65_HS1-834228961_62-HQ-83894_Section_10
Agency: FBI
Page 46
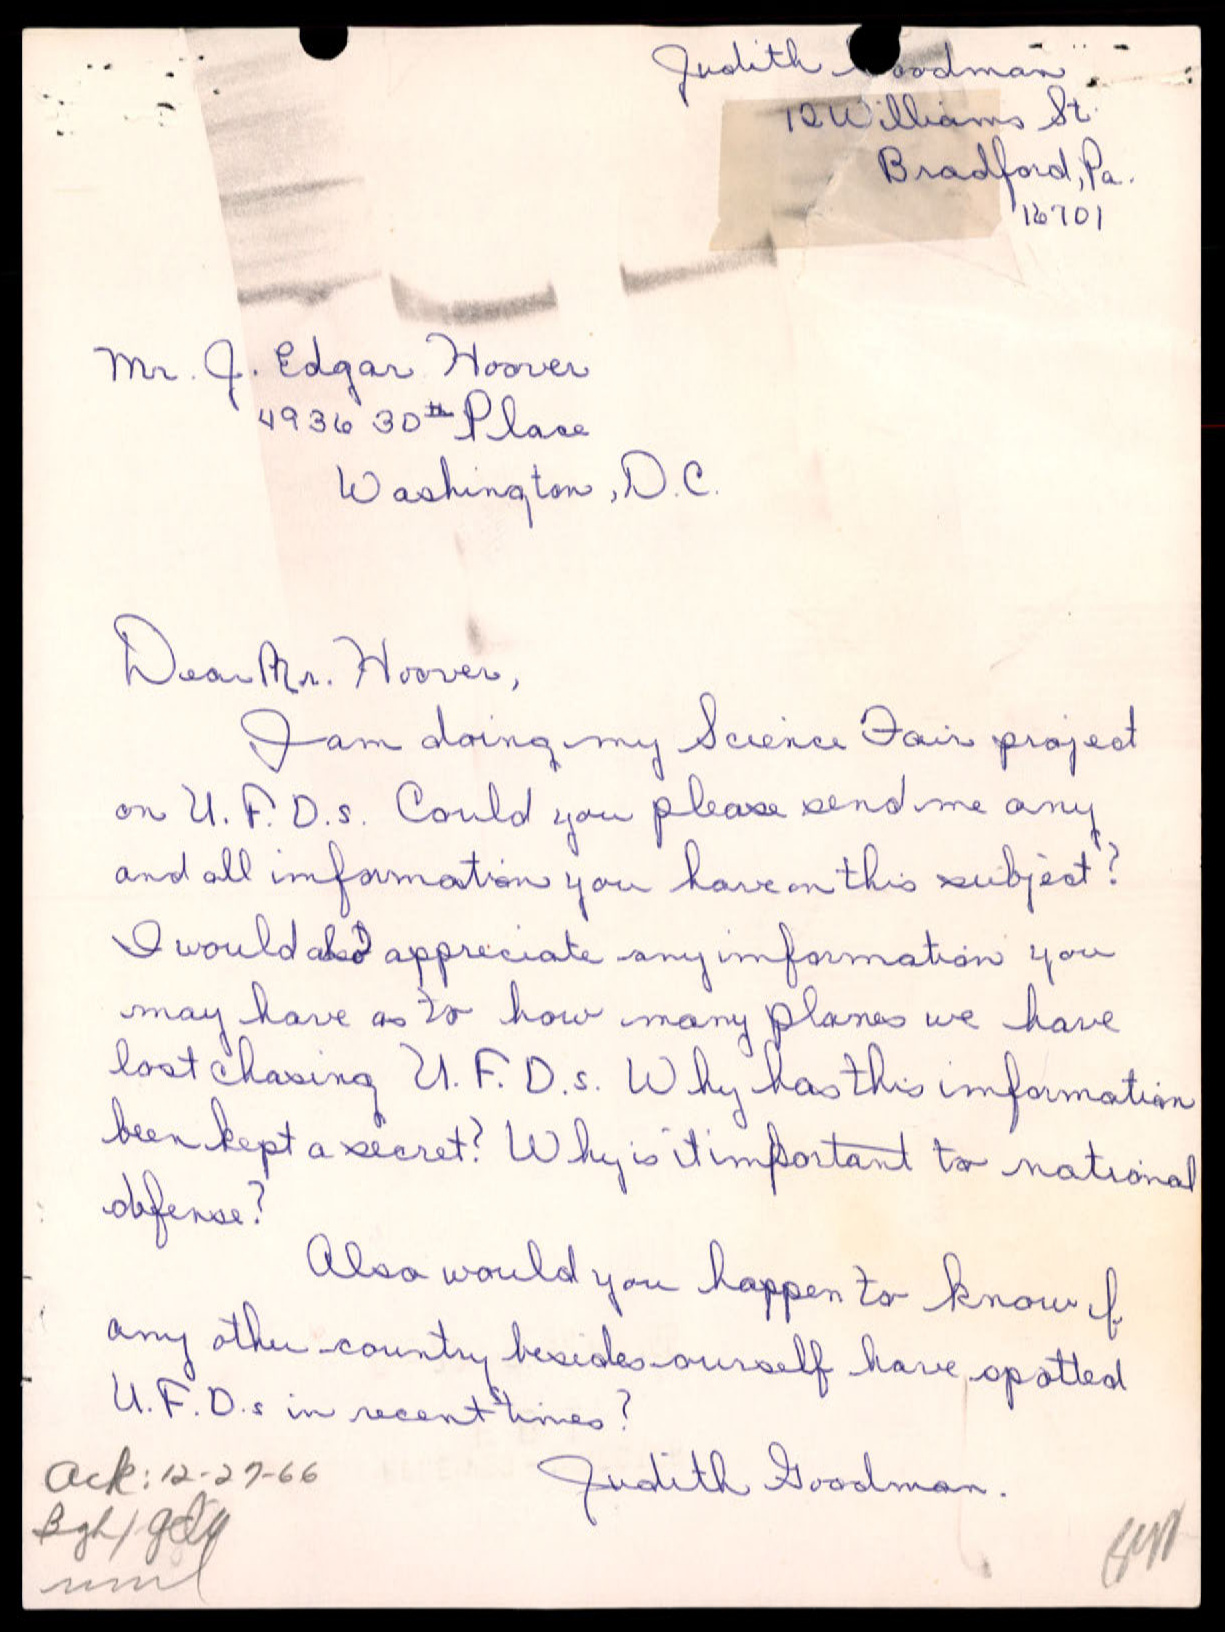